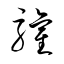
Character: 驩